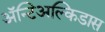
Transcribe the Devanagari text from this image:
अॅन्टिअल्किडास